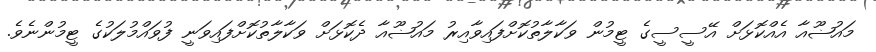
މައުޟޫއާ އެއްކޮޅަށް އޭސީސީގެ ޓީމުން ވަކާލާތުކޮށްފައިވާއިރު މައުޟޫއާ ދެކޮޅަށް ވަކާލާތުކޮށްފައިވަނީ ފުވައްމުލަކުގެ ޓީމުންނެވެ.